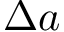
\Delta a